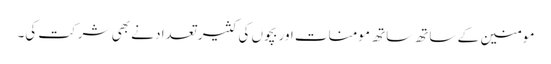
مومنین کے ساتھ ساتھ مومنات اور بچوں کی کثیر تعداد نے بھی شرکت کی۔